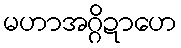
မဟာအဂ္ဂိဍာဟေ